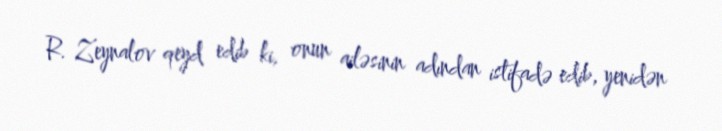
R. Zeynalov qeyd edib ki, onun ailəsinin adından istifadə edib, yenidən